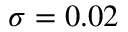
\sigma = 0 . 0 2